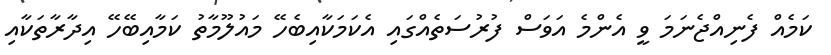
ކަމެއް ފެނިއްޖެނަމަ ވީ އެންމެ އަވަސް ފުރުސަތެއްގައި އެކަމަކާއިބެހޭ މައުލޫމާތު ކަމާއިބޭހޭ އިދާރާތަކާއި